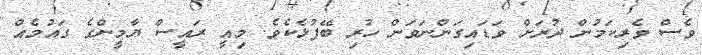
ވެސް ވެރިކަމުން ދުރަށް ވަޑައިގަންނަވަން ހުރި ބޭފުޅެކެވެ. މިއީ ރައީސް ޔާމީންގެ ގައުމެއް